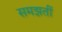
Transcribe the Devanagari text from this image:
समझतीं